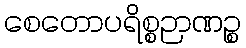
စေတောပရိစ္စဉာဏဉ္စ